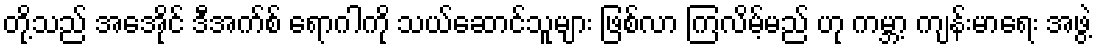
တို့သည် အေအိုင် ဒီအက်စ် ရောဂါကို သယ်ဆောင်သူများ ဖြစ်လာ ကြလိမ့်မည် ဟု ကမ္ဘာ့ ကျန်းမာရေး အဖွဲ့